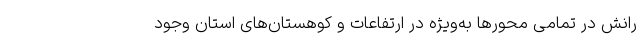
رانش در تمامی محورها به‌ویژه در ارتفاعات و کوهستان‌های استان وجود